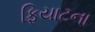
ફિયાટના